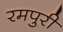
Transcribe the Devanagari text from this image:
रमपुरी